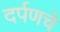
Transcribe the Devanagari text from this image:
दर्पणचे